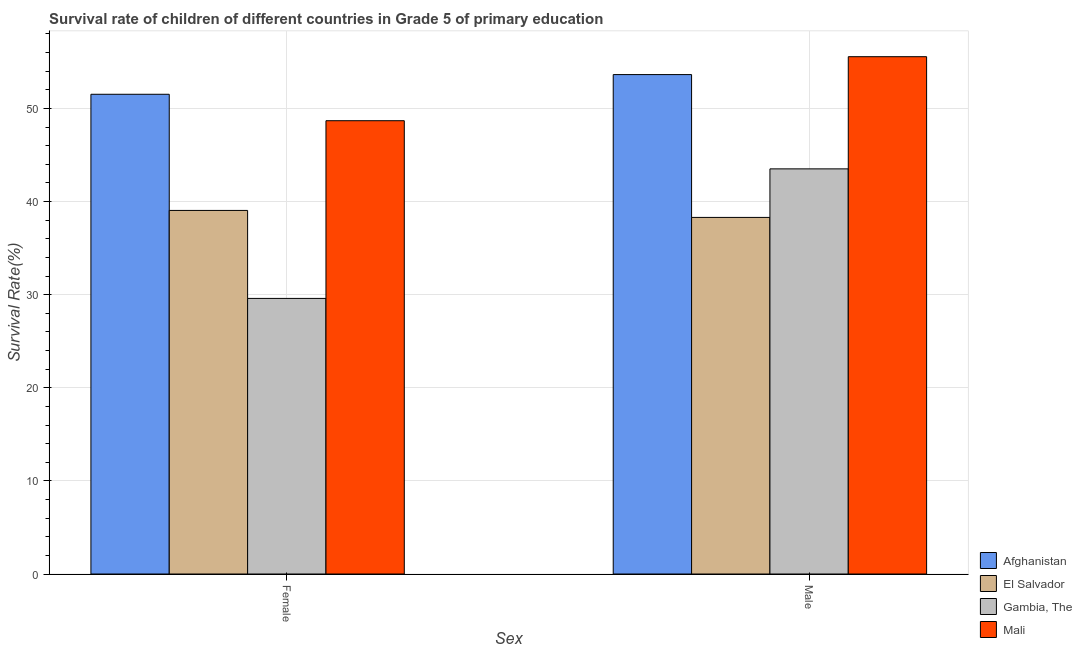
| Sex | Afghanistan | El Salvador | Gambia, The | Mali |
 | --- | --- | --- | --- | --- |
 | Female | 51.5 | 39 | 29.6 | 48.7 |
 | Male | 53.6 | 38.3 | 43.5 | 55.6 |